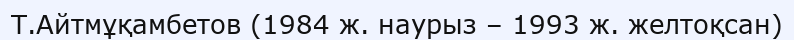
Т.Айтмұқамбетов (1984 ж. наурыз – 1993 ж. желтоқсан)